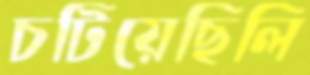
চটিয়েছিলি